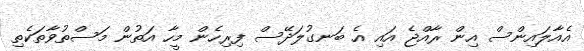
އެއާލައިންސް އިން ރާއްޖެ އައި އެ ބަނގުލަދޭސް ފިރިހެން މީހާ އަތުން މަސްތުވާތަކެތި